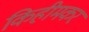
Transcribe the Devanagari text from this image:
किहीमकर